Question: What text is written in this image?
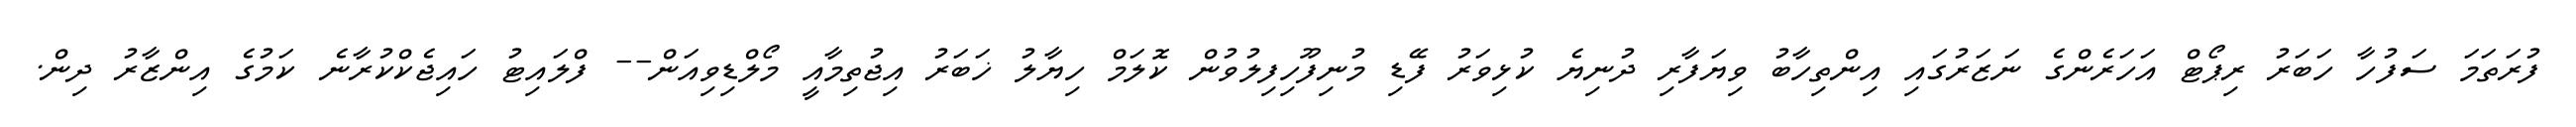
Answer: ފުރަތަމަ ސަފުހާ ހަބަރު ރިޕޯޓް އަހަރެންގެ ނަޒަރުގައި އިންތިހާބު ވިޔަފާރި ދުނިޔެ ކުޅިވަރު ފޭޑި މުނިފޫހިފިލުވުން ކޮލަމް ހިޔާލު ޚަބަރު އިޖުތިމާއީ މޯލްޑިވިއަން-- ފްލައިޓު ހައިޖެކްކުރާނެ ކަމުގެ އިންޒާރު ދިން.